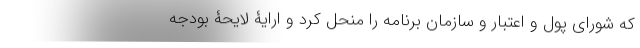
که شورای پول و اعتبار و سازمان برنامه را منحل کرد و ارایۀ لایحۀ بودجه